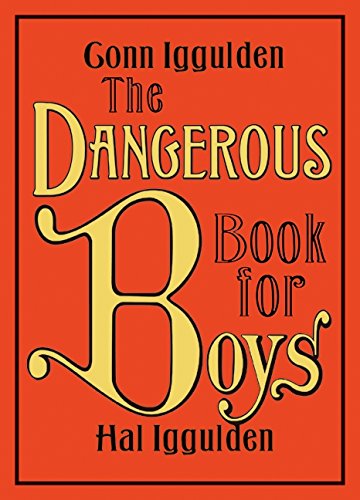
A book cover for The Dangerous Book for Boys; Conn Iggulden; Crafts, Hobbies & Home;